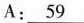
A: \underline{59}